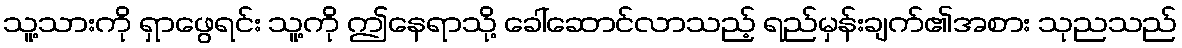
သူ့သားကို ရှာဖွေရင်း သူ့ကို ဤနေရာသို့ ခေါ်ဆောင်လာသည့် ရည်မှန်းချက်၏အစား သုညသည်